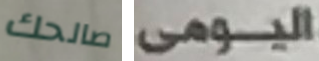
صالحك اليومى